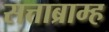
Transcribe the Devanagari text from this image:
सत्ताब्राम्ह